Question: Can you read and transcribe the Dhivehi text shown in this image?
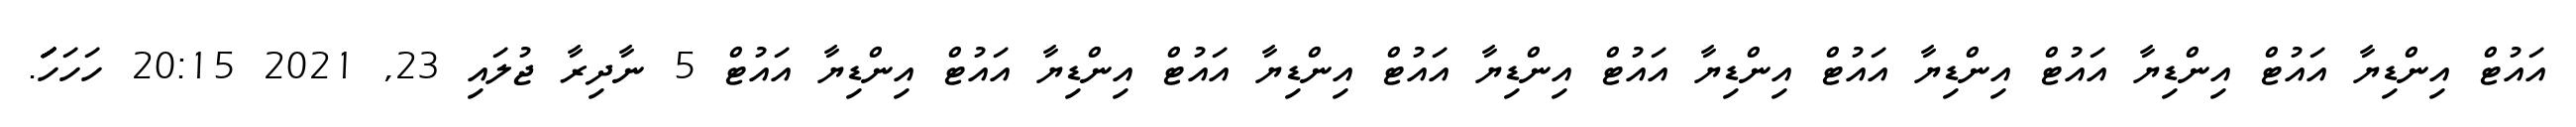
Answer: އައުޓް އިންޑިޔާ އައުޓް އިންޑިޔާ އައުޓް އިންޑިޔާ އައުޓް އިންޑިޔާ އައުޓް އިންޑިޔާ އައުޓް އިންޑިޔާ އައުޓް އިންޑިޔާ އައުޓް އިންޑިޔާ އައުޓް 5 ނާދިރާ ޖުލައި 23, 2021 20:15 ހަހަހަަަަަަަަަ.